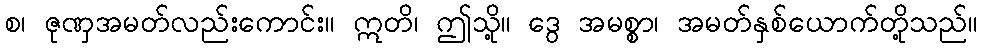
စ၊ ဇုဏှအမတ်လည်းကောင်း။ ဣတိ၊ ဤသို့။ ဒွေ အမစ္စာ၊ အမတ်နှစ်ယောက်တို့သည်။